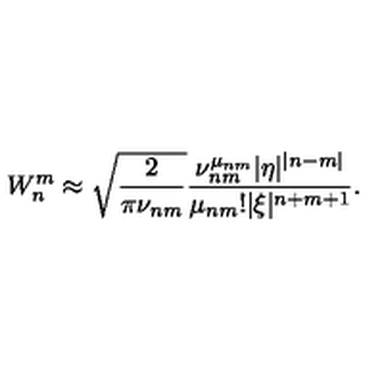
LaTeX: W _ { n } ^ { m } \approx \sqrt { \frac 2 { \pi \nu _ { n m } } } \frac { \nu _ { n m } ^ { \mu _ { n m } } | \eta | ^ { | n - m | } } { \mu _ { n m } ! | \xi | ^ { n + m + 1 } } .